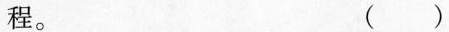
程。 ()